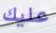
عليك